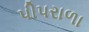
પીપરાળા